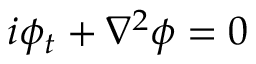
i \phi _ { t } + \nabla ^ { 2 } \phi = 0